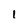
Character: l